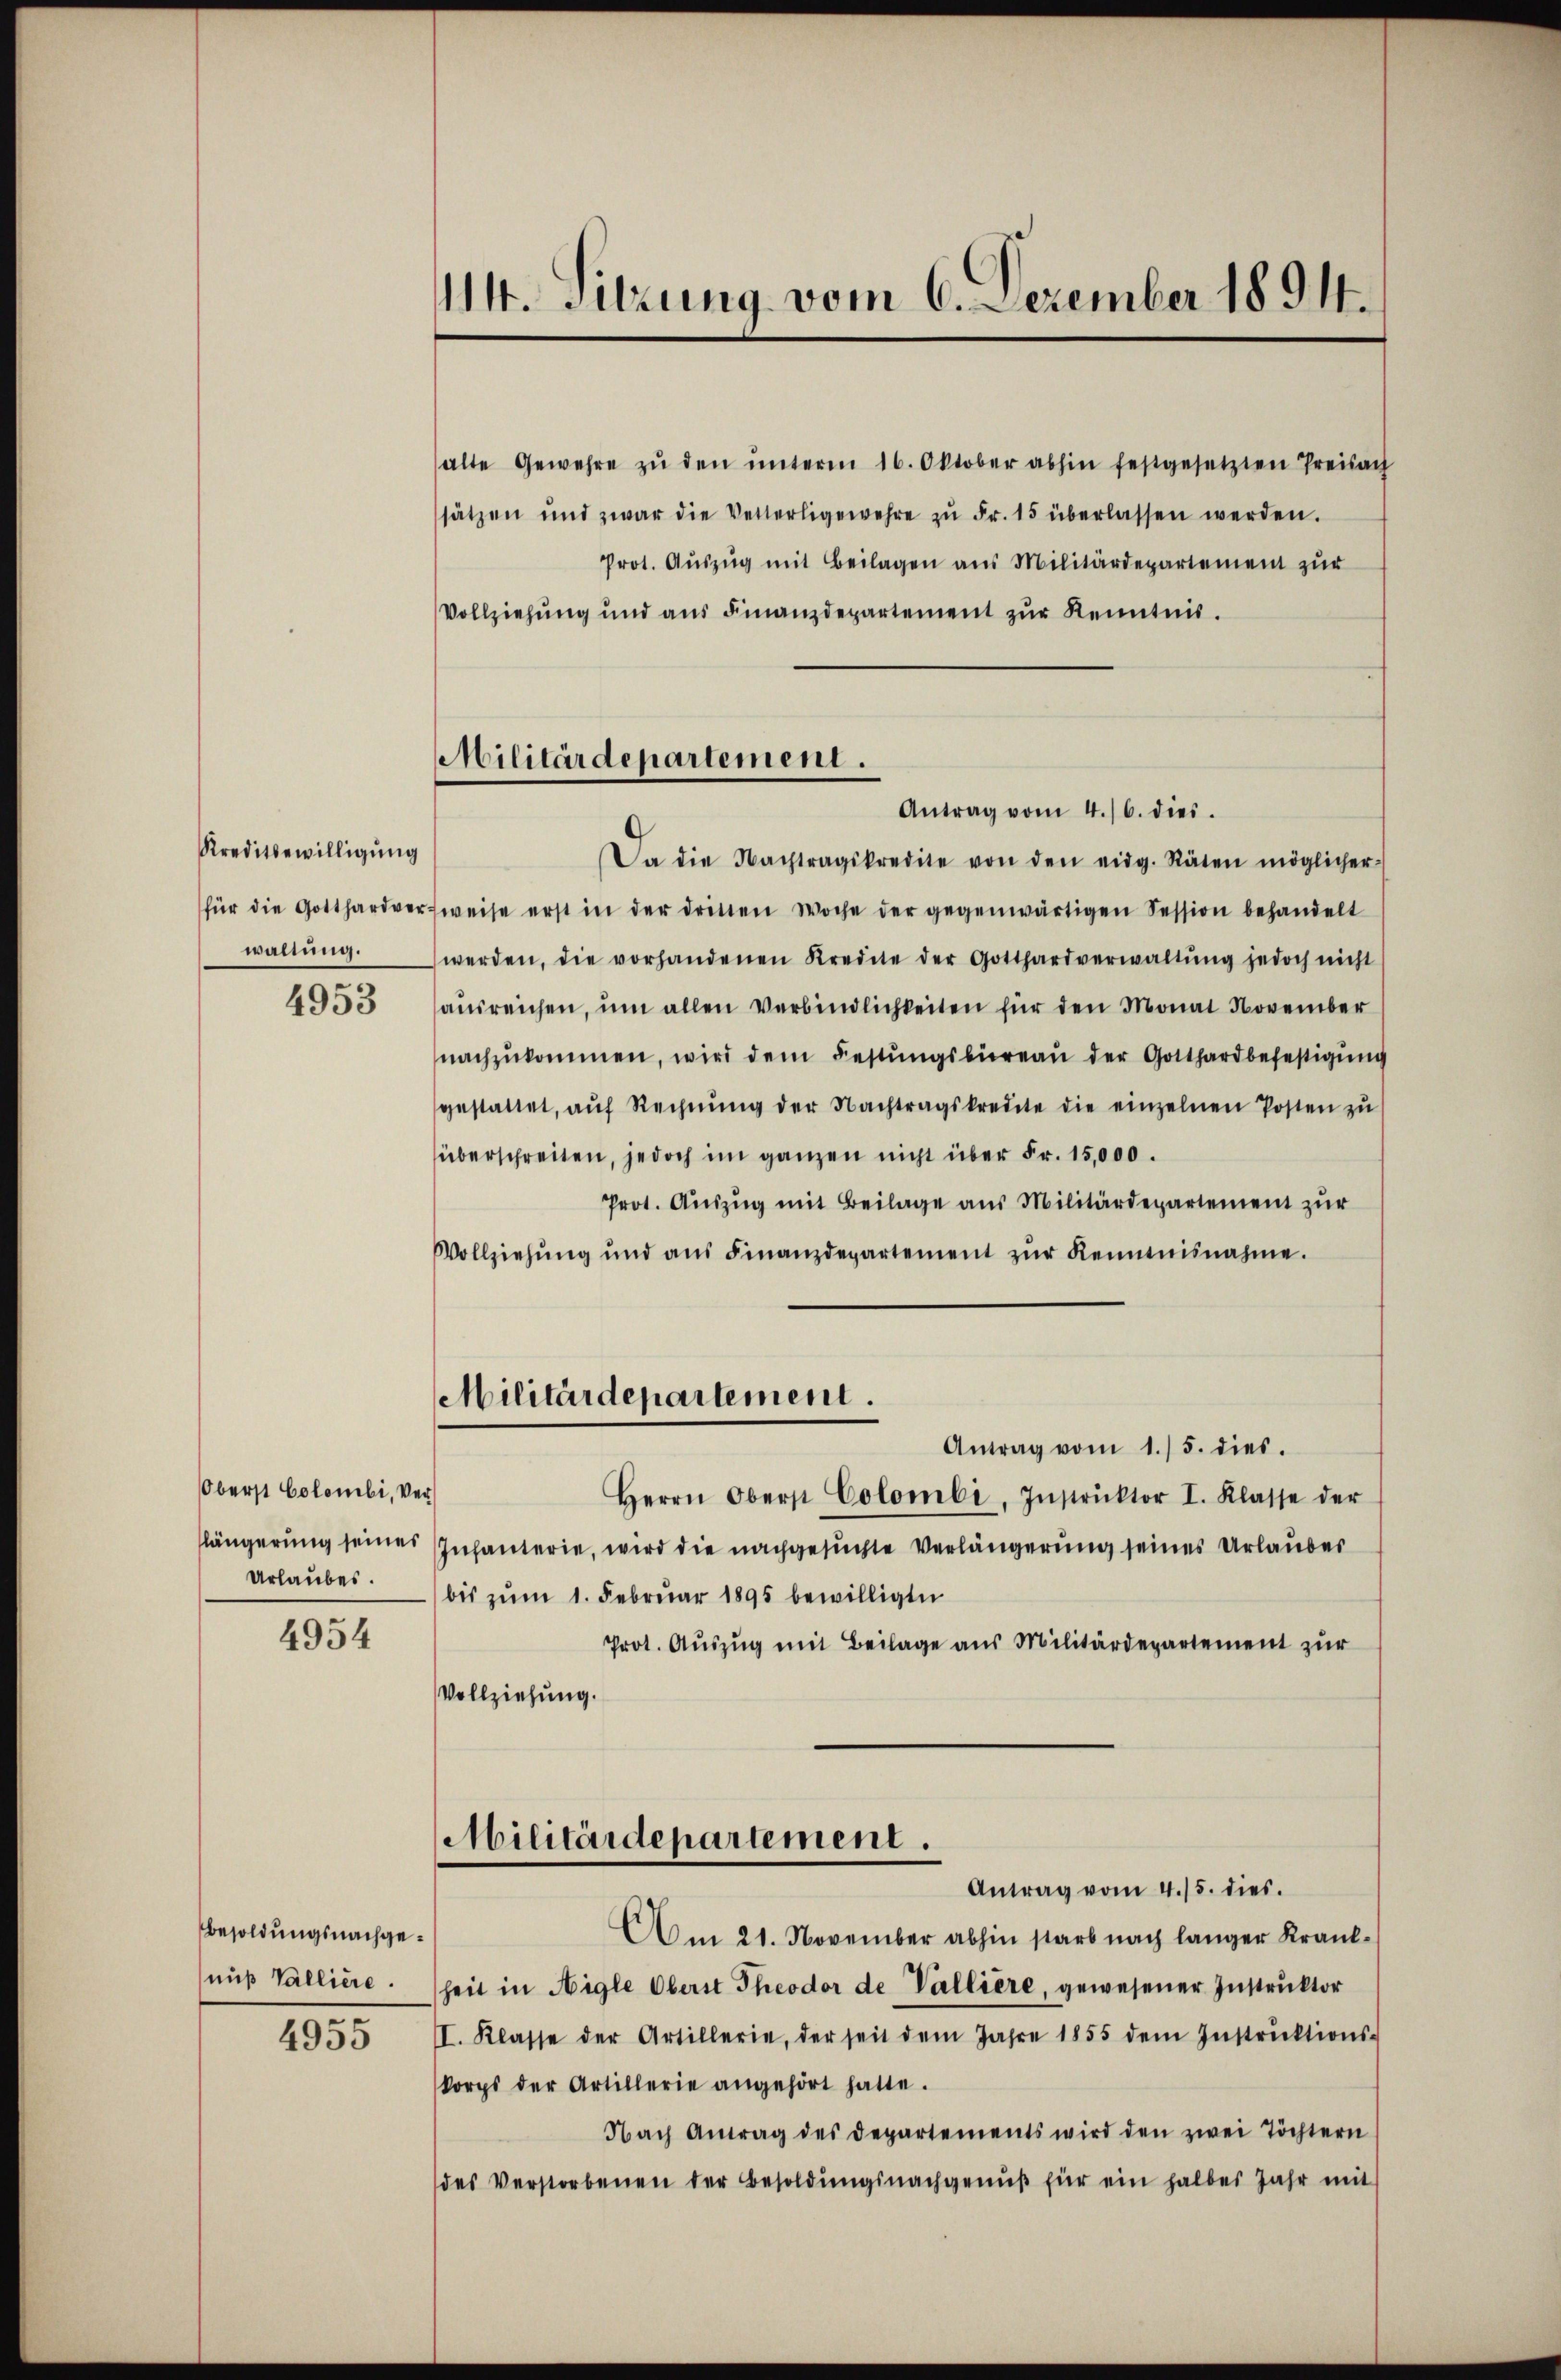
Kreditbewilligung
für die Gotthardver
waltung.

4953

Oberst Colombi, Verlängerung seines
Urlaubes.

4954

Besoldungsnachgenuß Vallière.

4955

14. Sitzung vom 6. Dezember 1894.

Militärdepartement.
Antrag vom 4./6. dies

alte Gewehre zŭ den ŭnterm 16. Oktober abhin festgesetzten Preisach
sätzen und zwar die Vetterligewehre zŭ Fr. 15 überlassen werden.
Prot. Aŭszŭg mit Beilagen aus Militärdepartement zur
Vollziehung und ans Finanzdepartement zŭr Kenntnis.
Da die Nachtragskredite von den eidg. Räten möglicher-
fweise erst in der drinten Woche der gegenwärtigen Session behandelt
werden, die vorhandenen Kredite der Gotthardverwaltŭng jedoch nicht
aŭsreichen, ŭm allen Verbindlichkeiten für den Monat November
nachzŭkommen, wird dem Festŭngsbüreaŭ der Gotthardbefestigŭng
gestattet, aŭf Rechnŭng der Nachtragskredite die einzelnen Posten zŭ
überschreiten, jedoch im ganzen nicht über Fr. 15,000.
Prot. Aŭszŭg mit Beilage aus Militärdepartement zur
Vollziehŭng und aŭs Finanzdepartement zŭr Kenntnisnahme.
Militärdepartement.
Antrag vom 1./5. dies.
Herrn Oberst Colombi, Instrŭktor I. Klasse der
Infanterie, wird die nachgesuchte Verlängerung seines Urlauber
bis zum 1. Februar 1895 bewilligte
Prot. Aŭszŭg mit Beilage aus Militärdepartement zur
Vollziehung.
Militärdepartement.
Antrag vom 4./5. dies
Am 21. November abhin starb nach langer Krankheit in Aigle Oberst Theodor de Vallière, gewesener Instruktor
I. Klasse der Artillerie, der seit dem Jahre 1855 dem Instruktions-
korps der Artillerie angehört hatte.
Nach Antrag des Departements wird den zwei Töchtern
des Verstorbenen der Besoldŭngsnachgenŭβ für ein halbes Jahr mit